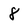
Character: 8